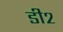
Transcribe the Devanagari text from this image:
डी२